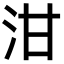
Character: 泔